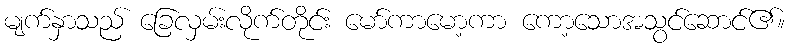
မျက်နှာသည် ခြေလှမ်းလိုက်တိုင်း မော်ကာမော့ကာ ကော့သောအသွင်ဆောင်၏။